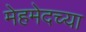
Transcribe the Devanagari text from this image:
मेहमेदच्या